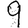
Digit: 9